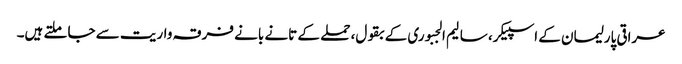
عراقی پارلیمان کے اسپیکر، سالیم الجبوری کے بقول، حملے کے تانے بانے فرقہ واریت سے جا ملتے ہیں۔